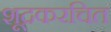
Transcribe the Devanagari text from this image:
शूद्रकरचित